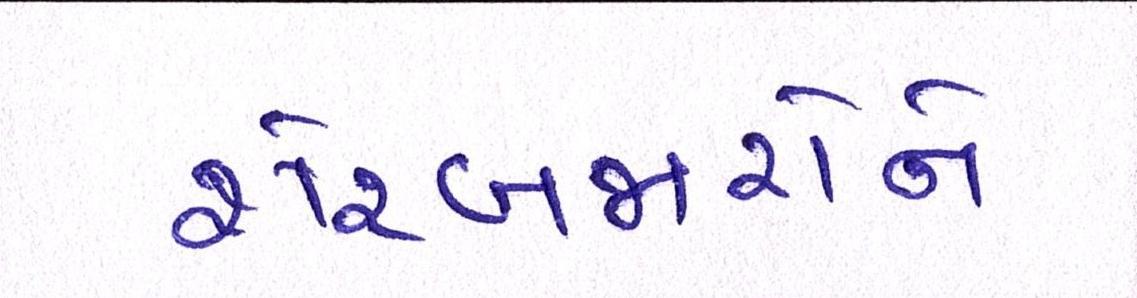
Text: શેરબજારોને